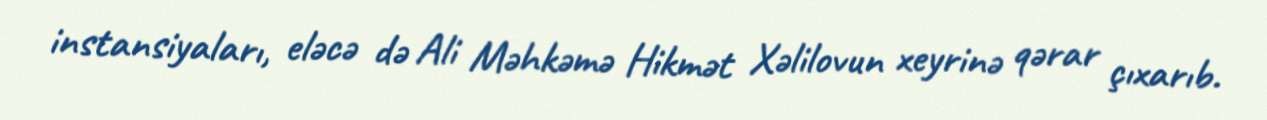
instansiyaları, eləcə də Ali Məhkəmə Hikmət Xəlilovun xeyrinə qərar çıxarıb.